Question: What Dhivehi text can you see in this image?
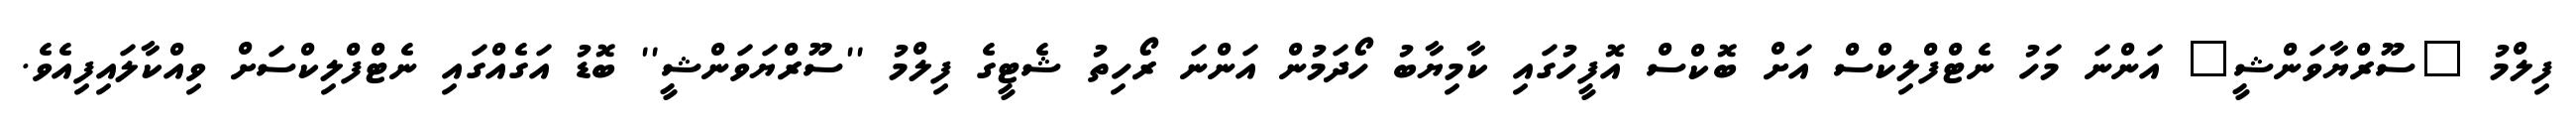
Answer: ފިލްމު "ސޫރްޔާވަންޝީ" އަންނަ މަހު ނެޓްފްލިކްސް އަށް ބޮކްސް އޮފީހުގައި ކާމިޔާބު ހޯދަމުން އަންނަ ރޯހިތު ޝެޓީގެ ފިލްމު ''ސޫރްޔަވަންޝީ'' ބޮޑު އަގެއްގައި ނެޓްފްލިކްސަށް ވިއްކާލައިފިއެވެ.